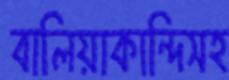
বালিয়াকান্দিসহ